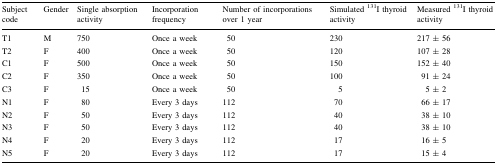
<table><thead><tr><td><b>Subject code</b></td><td><b>Gender</b></td><td><b>Single absorption activity</b></td><td><b>Incorporation frequency</b></td><td><b>Number of incorporations over 1 year</b></td><td><b>Simulated <sup>131</sup>I thyroid activity</b></td><td><b>Measured <sup>131</sup>I thyroid activity</b></td></tr></thead><tbody><tr><td>T1</td><td>M</td><td>750</td><td>Once a week</td><td>50</td><td>230</td><td>217 ± 56</td></tr><tr><td>T2</td><td>F</td><td>400</td><td>Once a week</td><td>50</td><td>120</td><td>107 ± 28</td></tr><tr><td>C1</td><td>F</td><td>500</td><td>Once a week</td><td>50</td><td>150</td><td>152 ± 40</td></tr><tr><td>C2</td><td>F</td><td>350</td><td>Once a week</td><td>50</td><td>100</td><td>91 ± 24</td></tr><tr><td>C3</td><td>F</td><td>15</td><td>Once a week</td><td>50</td><td>5</td><td>5 ± 2</td></tr><tr><td>N1</td><td>F</td><td>80</td><td>Every 3 days</td><td>112</td><td>70</td><td>66 ± 17</td></tr><tr><td>N2</td><td>F</td><td>50</td><td>Every 3 days</td><td>112</td><td>40</td><td>38 ± 10</td></tr><tr><td>N3</td><td>F</td><td>50</td><td>Every 3 days</td><td>112</td><td>40</td><td>38 ± 10</td></tr><tr><td>N4</td><td>F</td><td>20</td><td>Every 3 days</td><td>112</td><td>17</td><td>16 ± 5</td></tr><tr><td>N5</td><td>F</td><td>20</td><td>Every 3 days</td><td>112</td><td>17</td><td>15 ± 4</td></tr></tbody></table>